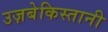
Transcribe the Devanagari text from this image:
उज़बेकिस्तानी